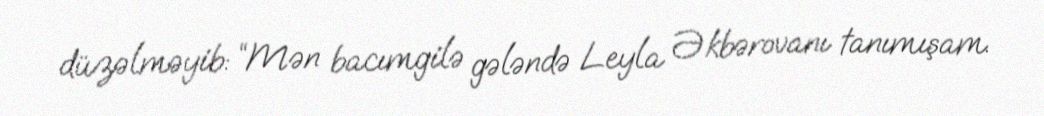
düzəlməyib: “Mən bacımgilə gələndə Leyla Əkbərovanı tanımışam.